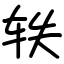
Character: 轶